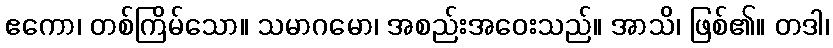
ဧကော၊ တစ်ကြိမ်သော။ သမာဂမော၊ အစည်းအဝေးသည်။ အာသိ၊ ဖြစ်၏။ တဒါ၊